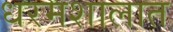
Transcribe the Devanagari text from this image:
धरमशालात